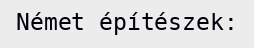
Német építészek: